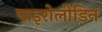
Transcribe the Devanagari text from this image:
पाइरोलीडिन